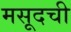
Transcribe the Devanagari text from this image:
मसूदची